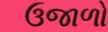
ઉજાળો